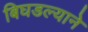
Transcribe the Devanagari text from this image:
बिघडल्याने